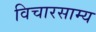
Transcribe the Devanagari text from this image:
विचारसाम्य